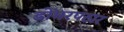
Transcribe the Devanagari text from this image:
डोंगरपठार